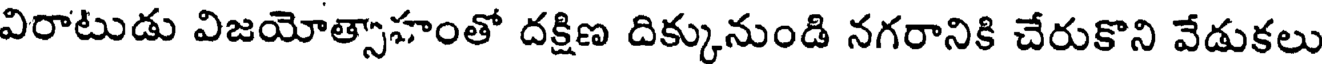
విరాటుడు విజయోత్సాహంతో దక్షిణ దిక్కునుండి నగరానికి చేరుకొని వేడుకలు